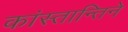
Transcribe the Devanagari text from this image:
कांस्तान्तिने